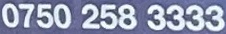
0750 258 3333